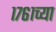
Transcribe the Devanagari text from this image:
१७६१च्या